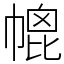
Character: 㡙